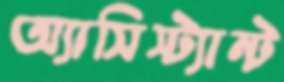
অ্যাসিস্ট্যান্ট